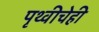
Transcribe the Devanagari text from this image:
पृथ्वीचेही